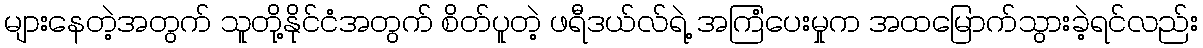
များနေတဲ့အတွက် သူတို့နိုင်ငံအတွက် စိတ်ပူတဲ့ ဖရီဒယ်လ်ရဲ့ အကြံပေးမှုက အထမြောက်သွားခဲ့ရင်လည်း